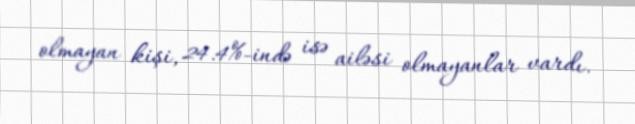
olmayan kişi, 24.4%-ində isə ailəsi olmayanlar vardı.